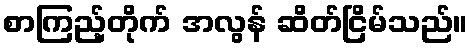
စာကြည့်တိုက် အလွန် ဆိတ်ငြိမ်သည်။